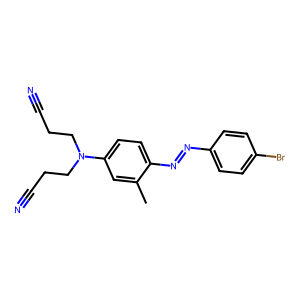
SMILES: Cc1cc(N(CCC#N)CCC#N)ccc1N=Nc1ccc(Br)cc1
Inhibits HIV replication: No